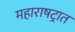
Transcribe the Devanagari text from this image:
महाराषट्रात